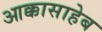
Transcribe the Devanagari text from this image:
आक्कासाहेब